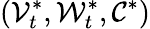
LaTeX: (\mathcal{V}_{t}^{*},\mathcal{W}_{t}^{*},\mathcal{C}^{*})